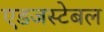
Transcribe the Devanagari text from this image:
एडजस्टेबल